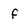
Character: f